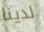
لدينا